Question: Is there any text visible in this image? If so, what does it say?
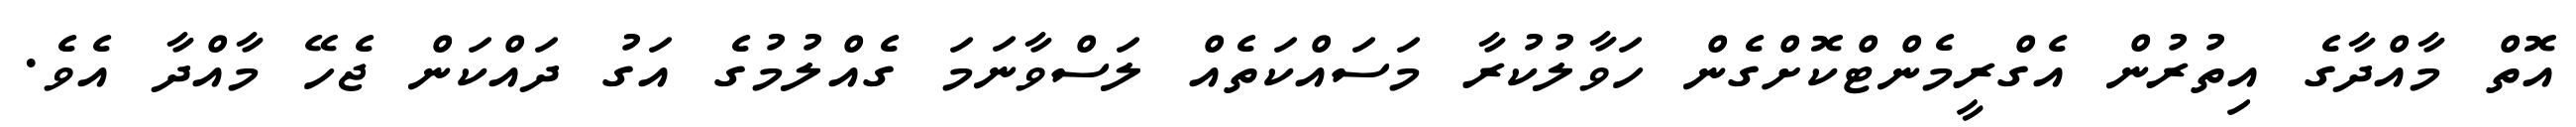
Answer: އޮތް މާއްދާގެ އިތުރުން އެގްރީމެންޓްކޮށްގެން ހަވާލުކުރާ މަސައްކަތެއް ލަސްވާނަމަ ގެއްލުމުގެ އަގު ދައްކަން ޖެހޭ މާއްދާ އެވެ.